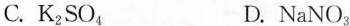
C.K_{2}SO_{4} D.NaNO_{3}